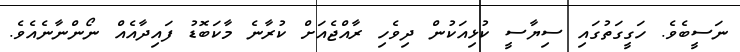
ނަސީބެވެ. ހަގީގަތުގައި ސިޔާސީ ކުޅިއަކުން ދިވެހި ރާއްޖެއަށް ކުރާނެ މާކަބޮޑު ފައިދާއެއް ނޯންނާނެއެވެ.